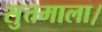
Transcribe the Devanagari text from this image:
सुत्तमाला।